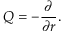
Q = - { \frac { \partial } { \partial r } } .